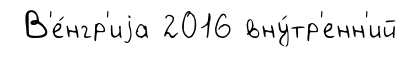
В'е́нгр'иjа 2016 вну́тр'енн'ий